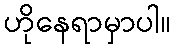
ဟိုနေရာမှာပါ။